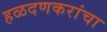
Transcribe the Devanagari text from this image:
हळदणकरांचा